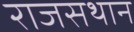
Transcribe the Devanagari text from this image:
राजसथान